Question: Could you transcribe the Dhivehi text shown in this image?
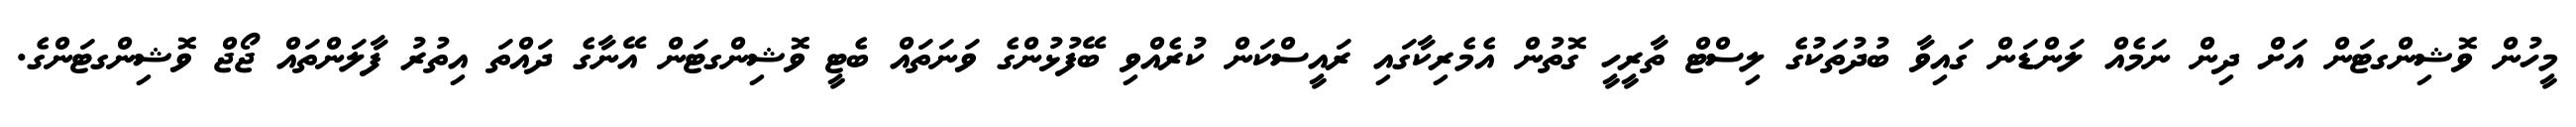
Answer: މީހުން ވޮޝިންގޓަން އަށް ދިން ނަމެއް ލަންޑަން ގައިވާ ބުދުތަކުގެ ލިސްޓް ތާރީހީ ގޮތުން އެމެރިކާގައި ރައީސްކަން ކުރެއްވި ބޭފުޅުންގެ ވަނަތައް ބެޓީ ވޮޝިންގޓަން އޭނާގެ ދައްތަ އިތުރު ފާލަންތައް ޖޯޖް ވޮޝިންގޓަންގެ.